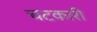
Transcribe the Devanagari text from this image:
चटकारी